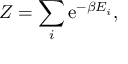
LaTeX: Z = \sum _ { i } \mathrm { e } ^ { - \beta E _ { i } } ,